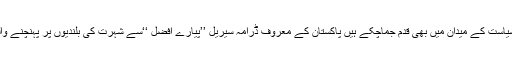
حمزہ علی عباسی پاکستان کی نوجوان نسل کے پسندیدہ اداکارحمزہ علی عباسی بھی ادکاری کے بعد سیاست کے میدان میں بھی قدم جماچکے ہیں پاکستان کے معروف ڈرامہ سیریل ’’پیارے افضل ‘‘سے شہرت کی بلندیوں پر پہنچنے والے اداکارحمزہ علی عباسی پاکستان تحریک انصاف کے پلیٹ فارم سے سیاسی میدان میں سرگرم ہیں۔